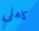
كاهلي